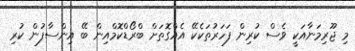
މި ޖޫރިމަނާއަކީ ވެސް ކުރިން ފަހަރުތަކެކޭ އެއްގޮތަށް ބްރޯޑްކޮމްއިން ބޭ އިންސާފުން ކުރި